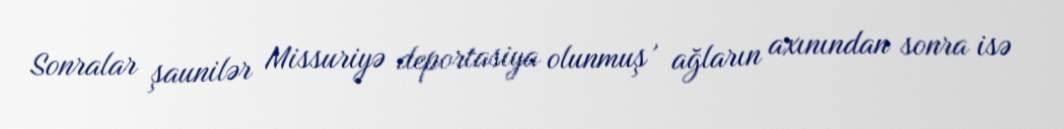
Sonralar şaunilər Missuriyə deportasiya olunmuş , ağların axınından sonra isə